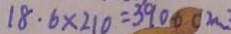
1 8 . 6 \times 2 1 0 = 3 9 0 . 6 ( m )